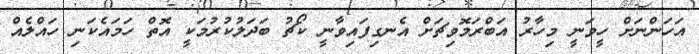
އަހަންނަށް ހީވަނީ މިހާރު އަބްރަމޮވިޗަށް އެނގިފައިވާނީ ކޯޗު ބަދަލުކުރުމަކީ އޮތް ހަމައެކަނި ހައްލެއް